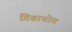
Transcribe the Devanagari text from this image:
गिबाचोव